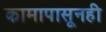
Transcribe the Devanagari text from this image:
कामापासूनही